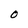
Character: 0